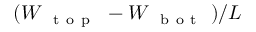
( W _ { \mathrm { ~ { ~ t ~ o ~ p ~ } ~ } } - W _ { \mathrm { ~ { ~ b ~ o ~ t ~ } ~ } } ) / L